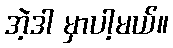
အဲ့ဒါ မှာပါ့မယ်။